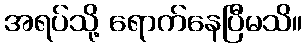
အရပ်သို့ ရောက်နေပြီမသိ။